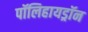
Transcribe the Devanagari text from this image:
पॉलिहायड्रॉन